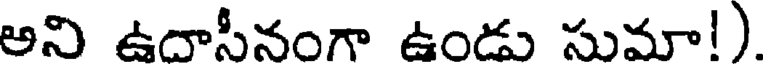
అని ఉదాసీనంగా ఉండు సుమా!)